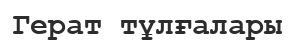
Герат тұлғалары